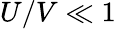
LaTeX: U/V\ll 1